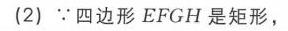
(2) \(\because\)四边形\(EFGH\)是矩形，